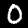
Digit: 0